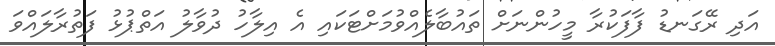
އަދި ރޭގަނޑު ފާފަކުރާ މީހުންނަށް ތައުބާލެއްވުމަށްޓަކައި އެ އިލާހު ދުވާލު އަތްޕުޅު ފަތުރާލައްވަ